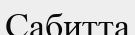
Сабитта